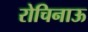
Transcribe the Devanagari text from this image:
रोचिनाऊ